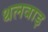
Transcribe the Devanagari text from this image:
थलवाड़